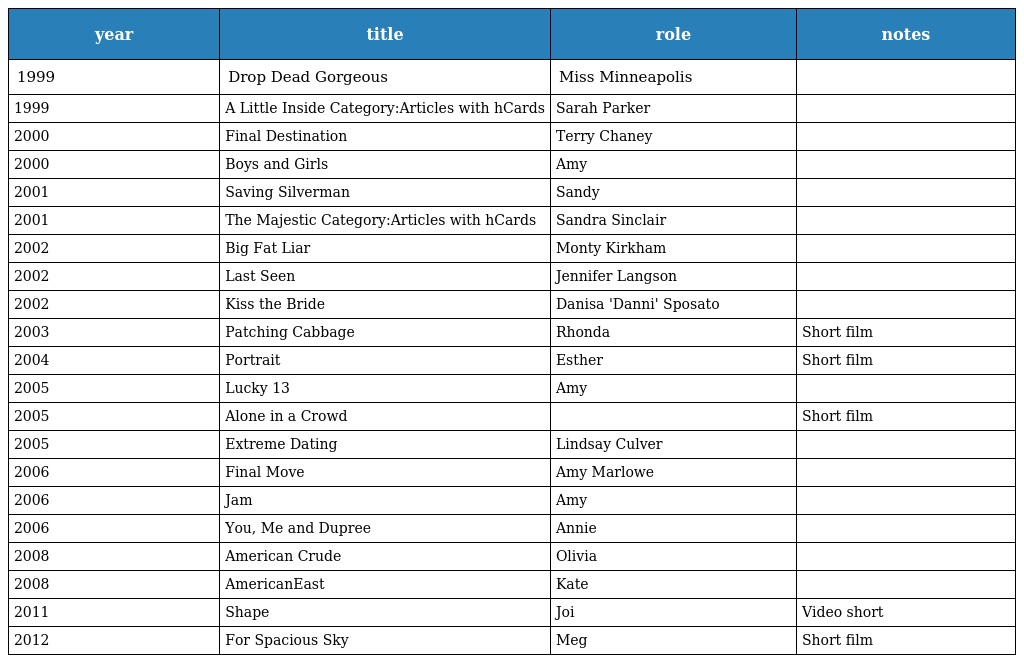
| year | title | role | notes |
 | --- | --- | --- | --- |
 | 1999 | Drop Dead Gorgeous | Miss Minneapolis |  |
 | 1999 | A Little Inside Category:Articles with hCards | Sarah Parker |  |
 | 2000 | Final Destination | Terry Chaney |  |
 | 2000 | Boys and Girls | Amy |  |
 | 2001 | Saving Silverman | Sandy |  |
 | 2001 | The Majestic Category:Articles with hCards | Sandra Sinclair |  |
 | 2002 | Big Fat Liar | Monty Kirkham |  |
 | 2002 | Last Seen | Jennifer Langson |  |
 | 2002 | Kiss the Bride | Danisa 'Danni' Sposato |  |
 | 2003 | Patching Cabbage | Rhonda | Short film |
 | 2004 | Portrait | Esther | Short film |
 | 2005 | Lucky 13 | Amy |  |
 | 2005 | Alone in a Crowd |  | Short film |
 | 2005 | Extreme Dating | Lindsay Culver |  |
 | 2006 | Final Move | Amy Marlowe |  |
 | 2006 | Jam | Amy |  |
 | 2006 | You, Me and Dupree | Annie |  |
 | 2008 | American Crude | Olivia |  |
 | 2008 | AmericanEast | Kate |  |
 | 2011 | Shape | Joi | Video short |
 | 2012 | For Spacious Sky | Meg | Short film |